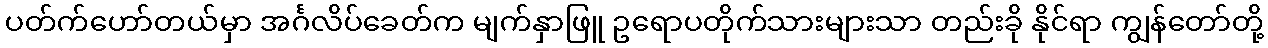
ပတ်က်ဟော်တယ်မှာ အင်္ဂလိပ်ခေတ်က မျက်နှာဖြူ ဥရောပတိုက်သားများသာ တည်းခို နိုင်ရာ ကျွန်တော်တို့